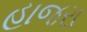
હાજરા